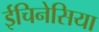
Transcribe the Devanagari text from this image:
ईचिनेसिया